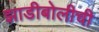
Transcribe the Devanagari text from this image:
झाडीबोलीची